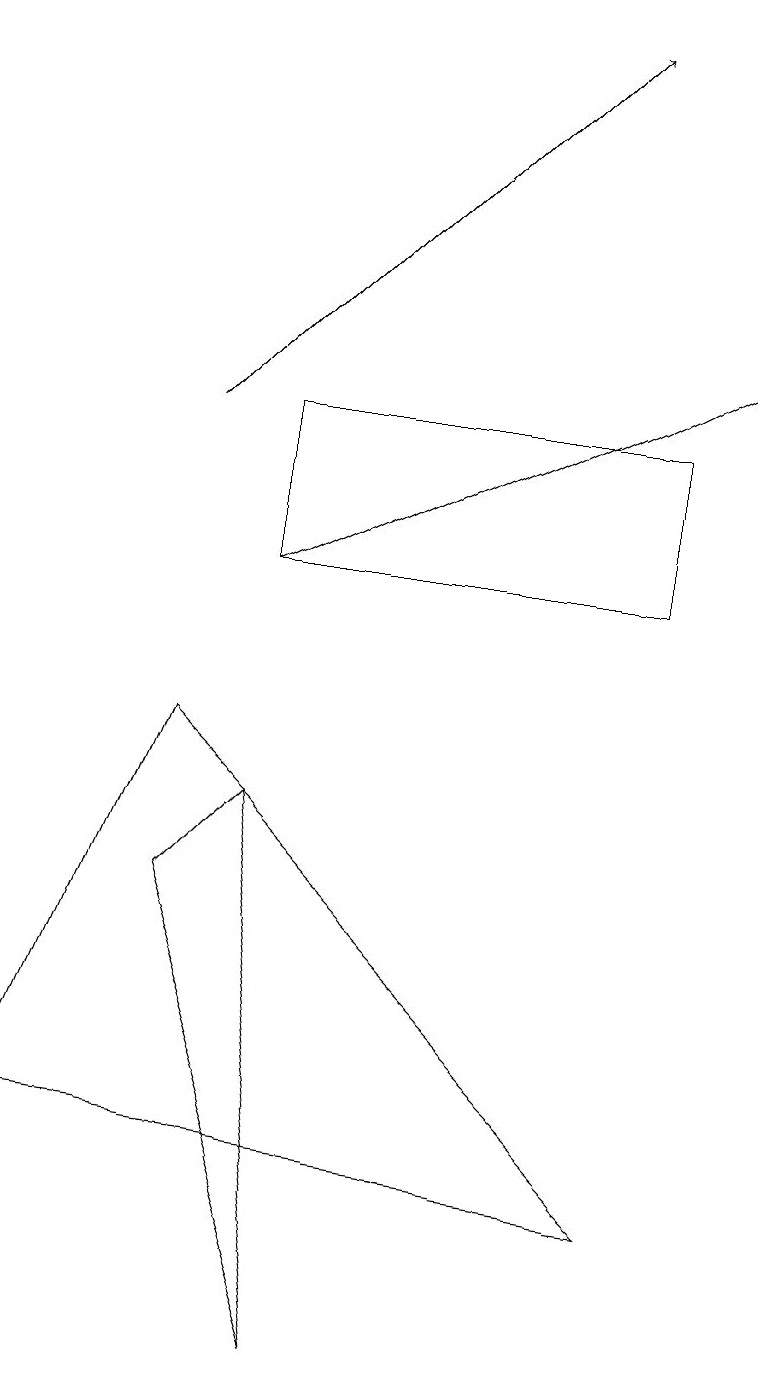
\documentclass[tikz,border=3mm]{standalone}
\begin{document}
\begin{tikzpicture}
\draw (4,0) -- (2,6) -- (3,7) -- cycle;
\draw[->] (3,10) -- (9,13);
\draw (8,10) rectangle (3,12);
\draw (2,8) -- (8,2) -- (0,3) -- cycle;
\draw[->] (2,12) -- (7,17);
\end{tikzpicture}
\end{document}